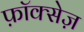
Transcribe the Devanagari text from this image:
फ़ॉक्सेज़